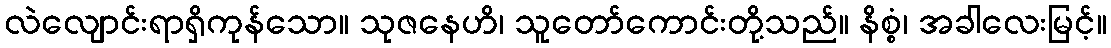
လဲလျောင်းရာရှိကုန်သော။ သုဇနေဟိ၊ သူတော်ကောင်းတို့သည်။ နိစ္စံ၊ အခါလေးမြင့်။